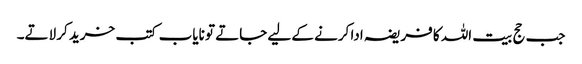
جب حج بیت اللہ کا فریضہ ادا کرنے کے لیے جاتے تو نایاب کتب خرید کر لاتے۔